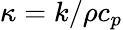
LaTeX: \kappa=k/\rho c_{p}